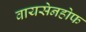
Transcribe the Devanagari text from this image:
वायसेनहोफ